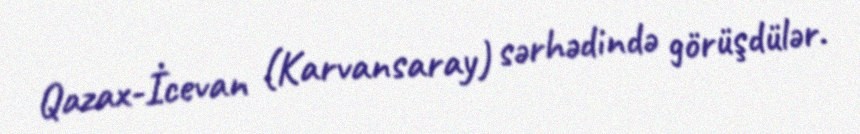
Qazax-İcevan (Karvansaray) sərhədində görüşdülər.